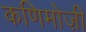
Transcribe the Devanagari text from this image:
कणिमोज़ी